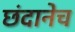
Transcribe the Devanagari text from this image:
छंदानेच